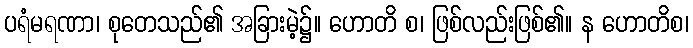
ပရံမရဏာ၊ စုတေသည်၏ အခြားမဲ့၌။ ဟောတိ စ၊ ဖြစ်လည်းဖြစ်၏။ န ဟောတိစ၊